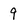
Character: 9